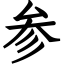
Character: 参